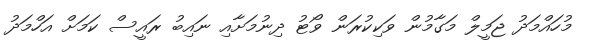
މުހައްމަދު ޖަމީލް މަގާމުން ވަކިކުރަން ވޯޓު ދިނުމަށާއި ނައިބު ރައީސް ކަމަށް އަހްމަދު